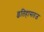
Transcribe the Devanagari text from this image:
इतिहासतज